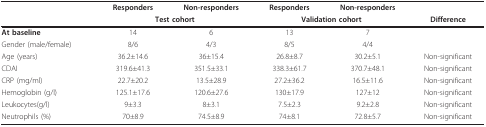
<table><thead><tr><td></td><td><b>Responders </b></td><td><b>Non-responders</b></td><td><b>Responders </b></td><td><b>Non-responders</b></td><td></td></tr><tr><td></td><td colspan="2"><b>Test cohort</b></td><td colspan="2"><b>Validation cohort</b></td><td><b>Difference</b></td></tr></thead><tbody><tr><td><b>At baseline </b></td><td>14</td><td>6</td><td>13</td><td>7</td><td></td></tr><tr><td>Gender (male/female)</td><td>8/6</td><td>4/3</td><td>8/5</td><td>4/4</td><td></td></tr><tr><td>Age (years)</td><td>36.2±14.6</td><td>36±15.4</td><td>26.8±8.7</td><td>30.2±5.1</td><td>Non-significant</td></tr><tr><td>CDAI</td><td>319.6±41.3</td><td>351.5±33.1</td><td>338.3±61.7</td><td>370.7±48.1</td><td>Non-significant</td></tr><tr><td>CRP (mg/ml)</td><td>22.7±20.2</td><td>13.5±28.9</td><td>27.2±36.2</td><td>16.5±11.6</td><td>Non-significant</td></tr><tr><td>Hemoglobin (g/l)</td><td>125.1±17.6</td><td>120.6±27.6</td><td>130±17.9</td><td>127±12</td><td>Non-significant</td></tr><tr><td>Leukocytes(g/l)</td><td>9±3.3</td><td>8±3.1</td><td>7.5±2.3</td><td>9.2±2.8</td><td>Non-significant</td></tr><tr><td>Neutrophils (%)</td><td>70±8.9</td><td>74.5±8.9</td><td>74±8.1</td><td>72.8±5.7</td><td>Non-significant</td></tr></tbody></table>